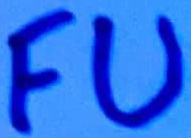
Text: FU